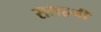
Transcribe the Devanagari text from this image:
सराहनी